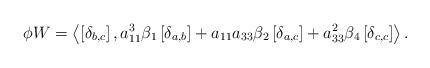
LaTeX: \begin{align*}\phi W=\left\langle \left[ \delta _{b,c}\right] ,a_{11}^{3}\beta _{1}\left[\delta _{a,b}\right] +a_{11}a_{33}\beta _{2}\left[ \delta _{a,c}\right]+a_{33}^{2}\beta _{4}\left[ \delta _{c,c}\right] \right\rangle .\end{align*}